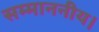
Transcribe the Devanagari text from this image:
सम्माननीय।